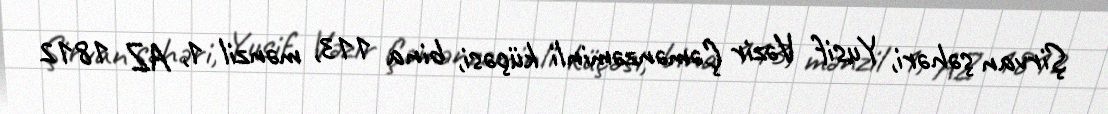
Şirvan şəhəri, Yusif Vəzir Çəmənzəminli küçəsi, bina 113, mənzil 1, AZ 1812